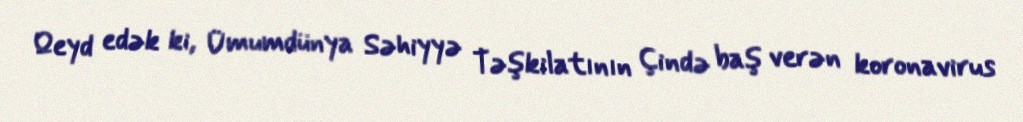
Qeyd edək ki, Ümumdünya Səhiyyə Təşkilatının Çində baş verən koronavirus